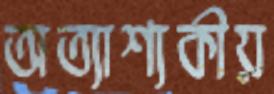
অত্যাশ্যকীয়